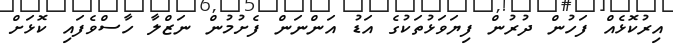
އިރުކޮޅެއް ފަހުން ދުރުން ފިޔަވަޅުތަކުގެ އަަޑު އަންނަން ފެށުމުން ނަޒްލާ ހާސްވެފައި ކޮޅަށް